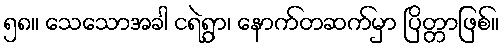
၅၈။ သေသောအခါ ငရဲရွာ၊ နောက်တဆက်မှာ ပြိတ္တာဖြစ်။